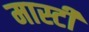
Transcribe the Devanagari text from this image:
मास्टी